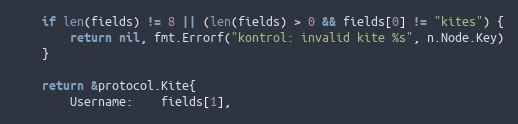
Language: Go
	if len(fields) != 8 || (len(fields) > 0 && fields[0] != "kites") {
		return nil, fmt.Errorf("kontrol: invalid kite %s", n.Node.Key)
	}

	return &protocol.Kite{
		Username:    fields[1],